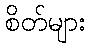
စိတ်များ